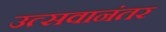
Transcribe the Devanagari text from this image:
उत्सवानंतर